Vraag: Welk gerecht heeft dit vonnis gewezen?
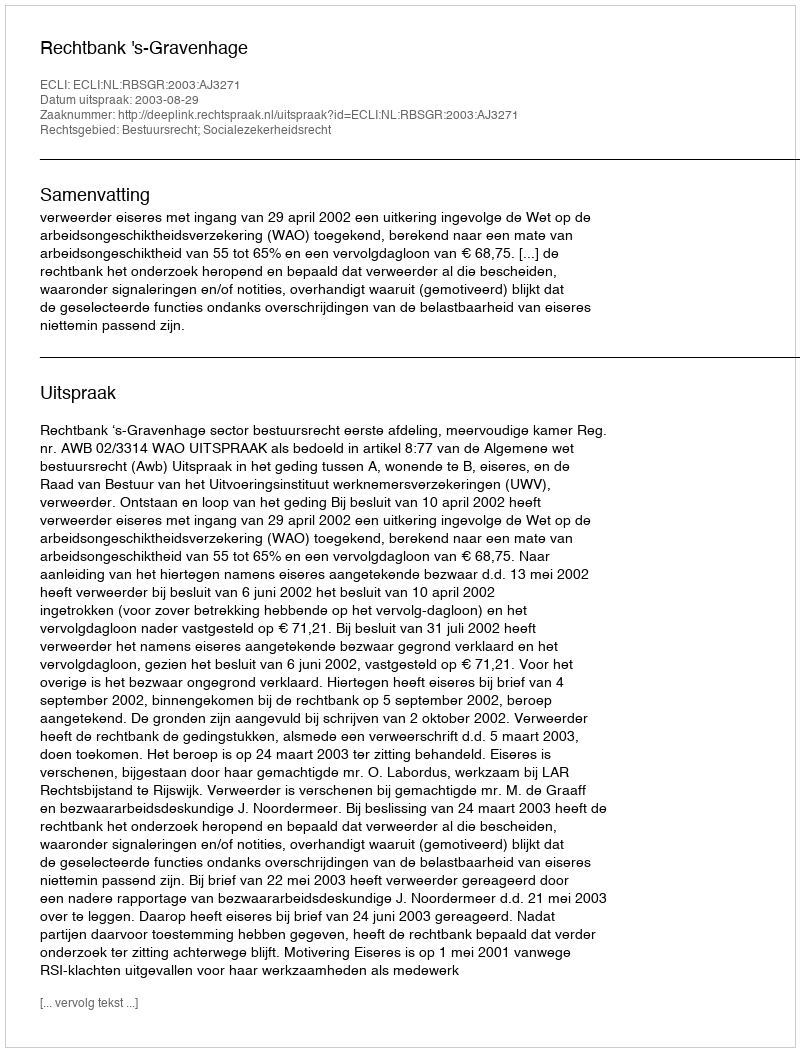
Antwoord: Rechtbank 's-Gravenhage